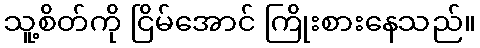
သူ့စိတ်ကို ငြိမ်အောင် ကြိုးစားနေသည်။